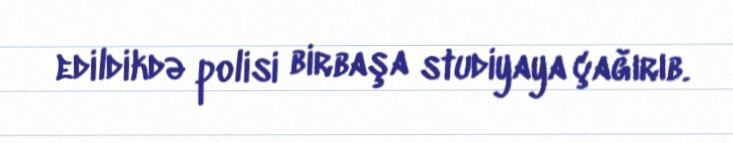
edildikdə polisi birbaşa studiyaya çağırıb.